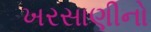
ખરસાણીનો